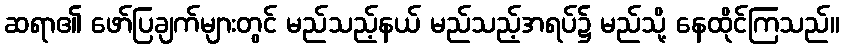
ဆရာ၏ ဖော်ပြချက်များတွင် မည်သည့်နယ် မည်သည့်အရပ်၌ မည်သို့ နေထိုင်ကြသည်။